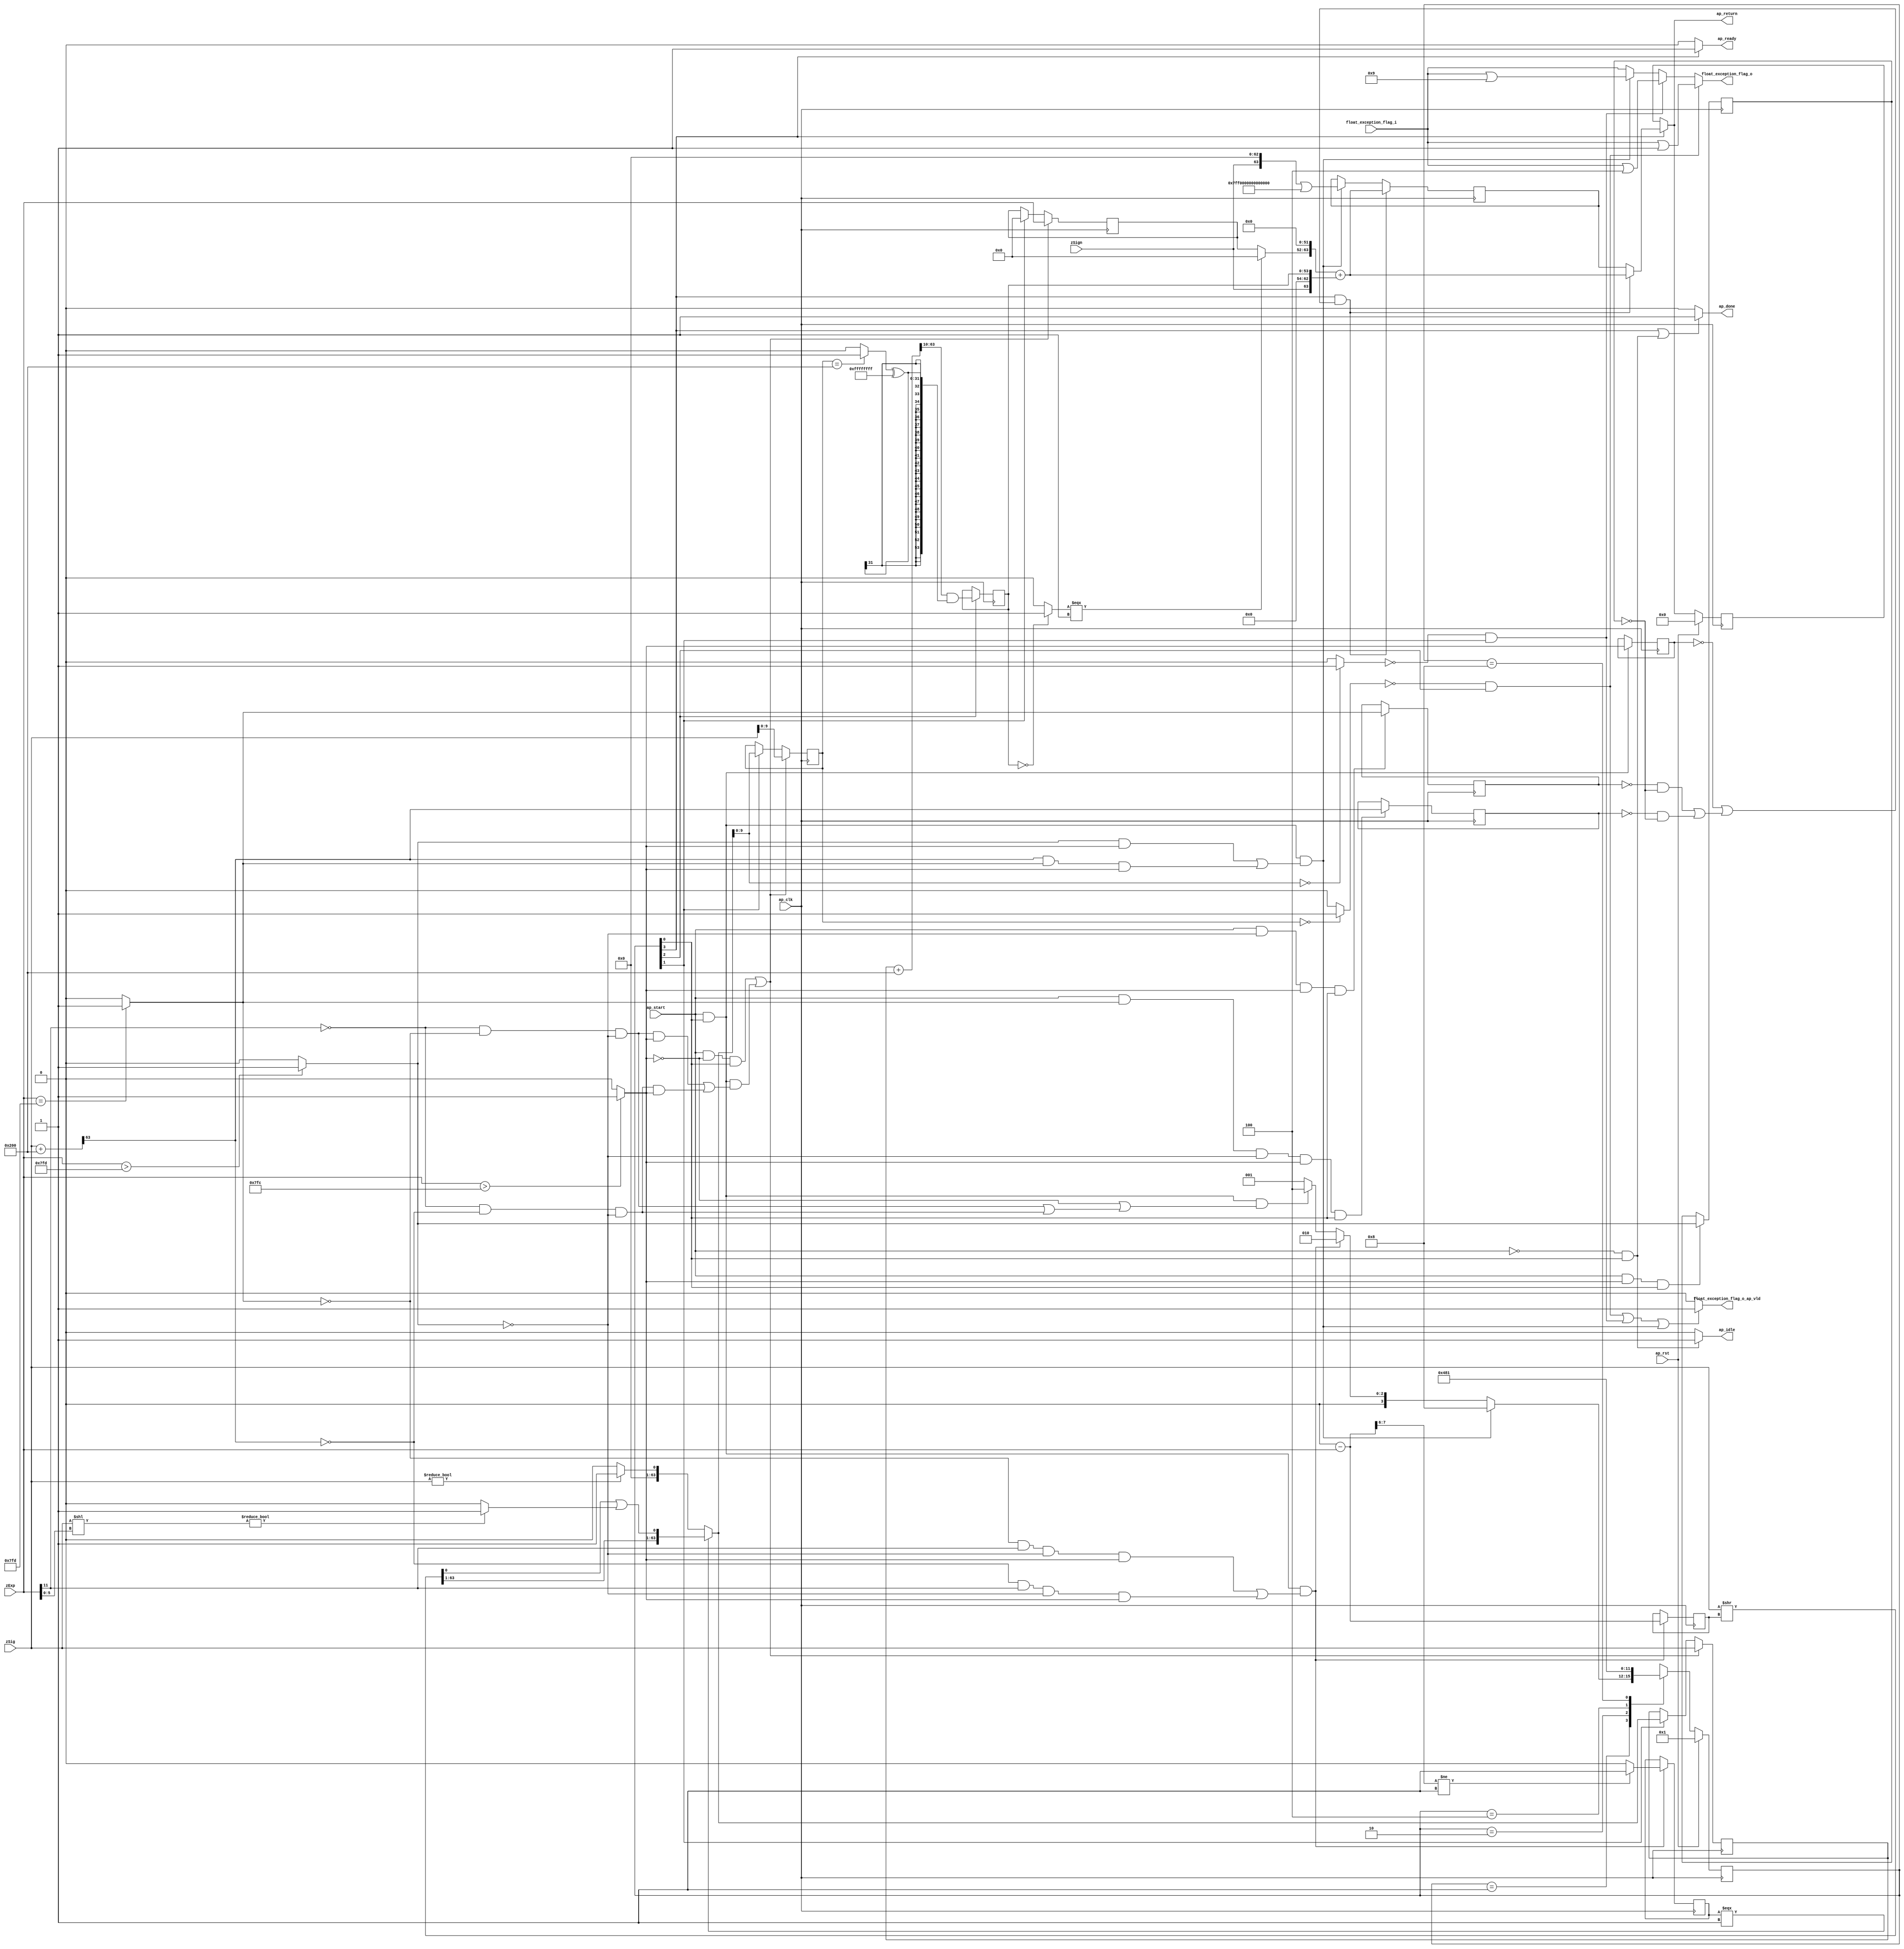
// ==============================================================
// RTL generated by Vivado(TM) HLS - High-Level Synthesis from C, C++ and SystemC
// Version: 2018.3
// Copyright (C) 1986-2018 Xilinx, Inc. All Rights Reserved.
// 
// ===========================================================

`timescale 1 ns / 1 ps 

module roundAndPackFloat64 (
        ap_clk,
        ap_rst,
        ap_start,
        ap_done,
        ap_idle,
        ap_ready,
        zSign,
        zExp,
        zSig,
        float_exception_flag_i,
        float_exception_flag_o,
        float_exception_flag_o_ap_vld,
        ap_return
);

parameter    ap_ST_fsm_state1 = 4'd1;
parameter    ap_ST_fsm_state2 = 4'd2;
parameter    ap_ST_fsm_state3 = 4'd4;
parameter    ap_ST_fsm_state4 = 4'd8;

input   ap_clk;
input   ap_rst;
input   ap_start;
output   ap_done;
output   ap_idle;
output   ap_ready;
input  [0:0] zSign;
input  [11:0] zExp;
input  [63:0] zSig;
input  [31:0] float_exception_flag_i;
output  [31:0] float_exception_flag_o;
output   float_exception_flag_o_ap_vld;
output  [63:0] ap_return;

reg ap_done;
reg ap_idle;
reg ap_ready;
reg[31:0] float_exception_flag_o;
reg float_exception_flag_o_ap_vld;
reg[63:0] ap_return;

(* fsm_encoding = "none" *) reg   [3:0] ap_CS_fsm;
wire    ap_CS_fsm_state1;
wire   [9:0] roundBits_fu_143_p1;
wire   [0:0] tmp_s_fu_147_p2;
reg   [0:0] tmp_s_reg_450;
wire   [0:0] tmp_24_fu_153_p2;
reg   [0:0] tmp_24_reg_454;
wire   [0:0] tmp_25_fu_159_p2;
reg   [0:0] tmp_25_reg_458;
wire   [0:0] tmp_56_fu_171_p3;
reg   [0:0] tmp_56_reg_462;
wire   [11:0] count_assign_fu_187_p2;
reg   [11:0] count_assign_reg_469;
wire   [0:0] tmp_57_fu_179_p3;
wire   [0:0] icmp_fu_203_p2;
reg   [0:0] icmp_reg_474;
wire   [63:0] tmp_74_i9_fu_229_p2;
wire   [63:0] z_6_fu_298_p3;
wire    ap_CS_fsm_state2;
wire   [9:0] roundBits_2_fu_305_p1;
wire   [53:0] zSig_assign_2_fu_381_p2;
reg   [53:0] zSig_assign_2_reg_500;
wire    ap_CS_fsm_state3;
reg   [63:0] zSig_assign1_reg_94;
reg   [11:0] zExp_assign_1_reg_105;
reg   [9:0] roundBits_1_reg_119;
reg   [63:0] ap_phi_mux_p_0_phi_fu_133_p4;
reg   [63:0] p_0_reg_130;
wire   [63:0] tmp_74_i8_fu_416_p2;
wire    ap_CS_fsm_state4;
wire   [0:0] tmp_29_fu_309_p2;
wire   [0:0] tmp_30_fu_327_p2;
wire   [31:0] float_exception_flag_9_fu_209_p2;
wire   [31:0] float_exception_flag_1_fu_315_p2;
wire   [31:0] tmp_31_fu_333_p2;
wire   [63:0] tmp_26_fu_165_p2;
wire   [1:0] tmp_58_fu_193_p4;
wire   [63:0] tmp_i_fu_221_p3;
wire   [63:0] tmp_37_i_fu_235_p1;
wire   [5:0] tmp_59_fu_243_p1;
wire   [63:0] tmp_41_i_fu_246_p1;
wire   [63:0] tmp_42_i_fu_250_p2;
wire   [63:0] tmp_38_i_fu_238_p2;
wire   [0:0] tmp_60_fu_261_p1;
wire   [0:0] tmp_43_i_fu_255_p2;
wire   [62:0] tmp_3_i_fu_271_p4;
wire   [0:0] tmp_2_i_fu_265_p2;
wire   [0:0] tmp_44_i_fu_289_p2;
wire   [63:0] z_fu_281_p3;
wire   [63:0] z_2_fu_294_p1;
wire   [63:0] tmp_32_fu_345_p2;
wire   [0:0] tmp_33_fu_361_p2;
wire   [31:0] tmp_34_fu_367_p1;
wire   [31:0] tmp_35_fu_371_p2;
wire   [53:0] zSig_assign_1_cast_fu_351_p4;
wire  signed [53:0] tmp_53_cast_fu_377_p1;
wire   [0:0] tmp_36_fu_387_p2;
wire   [11:0] tmp_fu_392_p3;
wire   [63:0] tmp_72_i_fu_400_p3;
wire   [63:0] tmp_73_i_fu_408_p4;
reg   [63:0] ap_return_preg;
reg   [3:0] ap_NS_fsm;

// power-on initialization
initial begin
#0 ap_CS_fsm = 4'd1;
#0 ap_return_preg = 64'd0;
end

always @ (posedge ap_clk) begin
    if (ap_rst == 1'b1) begin
        ap_CS_fsm <= ap_ST_fsm_state1;
    end else begin
        ap_CS_fsm <= ap_NS_fsm;
    end
end

always @ (posedge ap_clk) begin
    if (ap_rst == 1'b1) begin
        ap_return_preg <= 64'd0;
    end else begin
        if ((1'b1 == ap_CS_fsm_state4)) begin
            ap_return_preg <= ap_phi_mux_p_0_phi_fu_133_p4;
        end
    end
end

always @ (posedge ap_clk) begin
    if (((1'b1 == ap_CS_fsm_state4) & ((tmp_s_reg_450 == 1'd0) | (((tmp_25_reg_458 == 1'd0) & (tmp_24_reg_454 == 1'd0)) | ((tmp_56_reg_462 == 1'd0) & (tmp_24_reg_454 == 1'd0)))))) begin
        p_0_reg_130 <= tmp_74_i8_fu_416_p2;
    end else if (((ap_start == 1'b1) & (1'b1 == ap_CS_fsm_state1) & (((tmp_24_fu_153_p2 == 1'd1) & (tmp_s_fu_147_p2 == 1'd1)) | ((tmp_56_fu_171_p3 == 1'd1) & (tmp_25_fu_159_p2 == 1'd1) & (tmp_s_fu_147_p2 == 1'd1))))) begin
        p_0_reg_130 <= tmp_74_i9_fu_229_p2;
    end
end

always @ (posedge ap_clk) begin
    if ((((ap_start == 1'b1) & (tmp_s_fu_147_p2 == 1'd0) & (1'b1 == ap_CS_fsm_state1)) | ((ap_start == 1'b1) & (1'b1 == ap_CS_fsm_state1) & (((tmp_57_fu_179_p3 == 1'd0) & (tmp_25_fu_159_p2 == 1'd0) & (tmp_24_fu_153_p2 == 1'd0) & (tmp_s_fu_147_p2 == 1'd1)) | ((tmp_57_fu_179_p3 == 1'd0) & (tmp_56_fu_171_p3 == 1'd0) & (tmp_24_fu_153_p2 == 1'd0) & (tmp_s_fu_147_p2 == 1'd1)))))) begin
        roundBits_1_reg_119 <= roundBits_fu_143_p1;
    end else if ((1'b1 == ap_CS_fsm_state2)) begin
        roundBits_1_reg_119 <= roundBits_2_fu_305_p1;
    end
end

always @ (posedge ap_clk) begin
    if ((((ap_start == 1'b1) & (tmp_s_fu_147_p2 == 1'd0) & (1'b1 == ap_CS_fsm_state1)) | ((ap_start == 1'b1) & (1'b1 == ap_CS_fsm_state1) & (((tmp_57_fu_179_p3 == 1'd0) & (tmp_25_fu_159_p2 == 1'd0) & (tmp_24_fu_153_p2 == 1'd0) & (tmp_s_fu_147_p2 == 1'd1)) | ((tmp_57_fu_179_p3 == 1'd0) & (tmp_56_fu_171_p3 == 1'd0) & (tmp_24_fu_153_p2 == 1'd0) & (tmp_s_fu_147_p2 == 1'd1)))))) begin
        zExp_assign_1_reg_105 <= zExp;
    end else if ((1'b1 == ap_CS_fsm_state2)) begin
        zExp_assign_1_reg_105 <= 12'd0;
    end
end

always @ (posedge ap_clk) begin
    if ((((ap_start == 1'b1) & (tmp_s_fu_147_p2 == 1'd0) & (1'b1 == ap_CS_fsm_state1)) | ((ap_start == 1'b1) & (1'b1 == ap_CS_fsm_state1) & (((tmp_57_fu_179_p3 == 1'd0) & (tmp_25_fu_159_p2 == 1'd0) & (tmp_24_fu_153_p2 == 1'd0) & (tmp_s_fu_147_p2 == 1'd1)) | ((tmp_57_fu_179_p3 == 1'd0) & (tmp_56_fu_171_p3 == 1'd0) & (tmp_24_fu_153_p2 == 1'd0) & (tmp_s_fu_147_p2 == 1'd1)))))) begin
        zSig_assign1_reg_94 <= zSig;
    end else if ((1'b1 == ap_CS_fsm_state2)) begin
        zSig_assign1_reg_94 <= z_6_fu_298_p3;
    end
end

always @ (posedge ap_clk) begin
    if (((ap_start == 1'b1) & (1'b1 == ap_CS_fsm_state1) & (((tmp_25_fu_159_p2 == 1'd0) & (tmp_57_fu_179_p3 == 1'd1) & (tmp_24_fu_153_p2 == 1'd0) & (tmp_s_fu_147_p2 == 1'd1)) | ((tmp_56_fu_171_p3 == 1'd0) & (tmp_57_fu_179_p3 == 1'd1) & (tmp_24_fu_153_p2 == 1'd0) & (tmp_s_fu_147_p2 == 1'd1))))) begin
        count_assign_reg_469 <= count_assign_fu_187_p2;
        icmp_reg_474 <= icmp_fu_203_p2;
    end
end

always @ (posedge ap_clk) begin
    if (((ap_start == 1'b1) & (tmp_s_fu_147_p2 == 1'd1) & (1'b1 == ap_CS_fsm_state1))) begin
        tmp_24_reg_454 <= tmp_24_fu_153_p2;
    end
end

always @ (posedge ap_clk) begin
    if (((ap_start == 1'b1) & (tmp_24_fu_153_p2 == 1'd0) & (tmp_s_fu_147_p2 == 1'd1) & (1'b1 == ap_CS_fsm_state1))) begin
        tmp_25_reg_458 <= tmp_25_fu_159_p2;
    end
end

always @ (posedge ap_clk) begin
    if (((ap_start == 1'b1) & (tmp_25_fu_159_p2 == 1'd1) & (tmp_24_fu_153_p2 == 1'd0) & (tmp_s_fu_147_p2 == 1'd1) & (1'b1 == ap_CS_fsm_state1))) begin
        tmp_56_reg_462 <= tmp_26_fu_165_p2[32'd63];
    end
end

always @ (posedge ap_clk) begin
    if (((ap_start == 1'b1) & (1'b1 == ap_CS_fsm_state1))) begin
        tmp_s_reg_450 <= tmp_s_fu_147_p2;
    end
end

always @ (posedge ap_clk) begin
    if ((1'b1 == ap_CS_fsm_state3)) begin
        zSig_assign_2_reg_500 <= zSig_assign_2_fu_381_p2;
    end
end

always @ (*) begin
    if (((1'b1 == ap_CS_fsm_state4) | ((ap_start == 1'b0) & (1'b1 == ap_CS_fsm_state1)))) begin
        ap_done = 1'b1;
    end else begin
        ap_done = 1'b0;
    end
end

always @ (*) begin
    if (((ap_start == 1'b0) & (1'b1 == ap_CS_fsm_state1))) begin
        ap_idle = 1'b1;
    end else begin
        ap_idle = 1'b0;
    end
end

always @ (*) begin
    if (((1'b1 == ap_CS_fsm_state4) & ((tmp_s_reg_450 == 1'd0) | (((tmp_25_reg_458 == 1'd0) & (tmp_24_reg_454 == 1'd0)) | ((tmp_56_reg_462 == 1'd0) & (tmp_24_reg_454 == 1'd0)))))) begin
        ap_phi_mux_p_0_phi_fu_133_p4 = tmp_74_i8_fu_416_p2;
    end else begin
        ap_phi_mux_p_0_phi_fu_133_p4 = p_0_reg_130;
    end
end

always @ (*) begin
    if ((1'b1 == ap_CS_fsm_state4)) begin
        ap_ready = 1'b1;
    end else begin
        ap_ready = 1'b0;
    end
end

always @ (*) begin
    if ((1'b1 == ap_CS_fsm_state4)) begin
        ap_return = ap_phi_mux_p_0_phi_fu_133_p4;
    end else begin
        ap_return = ap_return_preg;
    end
end

always @ (*) begin
    if (((tmp_30_fu_327_p2 == 1'd0) & (1'b1 == ap_CS_fsm_state3))) begin
        float_exception_flag_o = tmp_31_fu_333_p2;
    end else if (((tmp_29_fu_309_p2 == 1'd0) & (1'b1 == ap_CS_fsm_state2))) begin
        float_exception_flag_o = float_exception_flag_1_fu_315_p2;
    end else if (((ap_start == 1'b1) & (1'b1 == ap_CS_fsm_state1) & (((tmp_24_fu_153_p2 == 1'd1) & (tmp_s_fu_147_p2 == 1'd1)) | ((tmp_56_fu_171_p3 == 1'd1) & (tmp_25_fu_159_p2 == 1'd1) & (tmp_s_fu_147_p2 == 1'd1))))) begin
        float_exception_flag_o = float_exception_flag_9_fu_209_p2;
    end else begin
        float_exception_flag_o = float_exception_flag_i;
    end
end

always @ (*) begin
    if ((((tmp_30_fu_327_p2 == 1'd0) & (1'b1 == ap_CS_fsm_state3)) | ((tmp_29_fu_309_p2 == 1'd0) & (1'b1 == ap_CS_fsm_state2)) | ((ap_start == 1'b1) & (1'b1 == ap_CS_fsm_state1) & (((tmp_24_fu_153_p2 == 1'd1) & (tmp_s_fu_147_p2 == 1'd1)) | ((tmp_56_fu_171_p3 == 1'd1) & (tmp_25_fu_159_p2 == 1'd1) & (tmp_s_fu_147_p2 == 1'd1)))))) begin
        float_exception_flag_o_ap_vld = 1'b1;
    end else begin
        float_exception_flag_o_ap_vld = 1'b0;
    end
end

always @ (*) begin
    case (ap_CS_fsm)
        ap_ST_fsm_state1 : begin
            if (((ap_start == 1'b1) & (1'b1 == ap_CS_fsm_state1) & (((tmp_24_fu_153_p2 == 1'd1) & (tmp_s_fu_147_p2 == 1'd1)) | ((tmp_56_fu_171_p3 == 1'd1) & (tmp_25_fu_159_p2 == 1'd1) & (tmp_s_fu_147_p2 == 1'd1))))) begin
                ap_NS_fsm = ap_ST_fsm_state4;
            end else if (((ap_start == 1'b1) & (1'b1 == ap_CS_fsm_state1) & (((tmp_25_fu_159_p2 == 1'd0) & (tmp_57_fu_179_p3 == 1'd1) & (tmp_24_fu_153_p2 == 1'd0) & (tmp_s_fu_147_p2 == 1'd1)) | ((tmp_56_fu_171_p3 == 1'd0) & (tmp_57_fu_179_p3 == 1'd1) & (tmp_24_fu_153_p2 == 1'd0) & (tmp_s_fu_147_p2 == 1'd1))))) begin
                ap_NS_fsm = ap_ST_fsm_state2;
            end else if (((ap_start == 1'b1) & (1'b1 == ap_CS_fsm_state1) & ((tmp_s_fu_147_p2 == 1'd0) | (((tmp_57_fu_179_p3 == 1'd0) & (tmp_25_fu_159_p2 == 1'd0) & (tmp_24_fu_153_p2 == 1'd0)) | ((tmp_57_fu_179_p3 == 1'd0) & (tmp_56_fu_171_p3 == 1'd0) & (tmp_24_fu_153_p2 == 1'd0)))))) begin
                ap_NS_fsm = ap_ST_fsm_state3;
            end else begin
                ap_NS_fsm = ap_ST_fsm_state1;
            end
        end
        ap_ST_fsm_state2 : begin
            ap_NS_fsm = ap_ST_fsm_state3;
        end
        ap_ST_fsm_state3 : begin
            ap_NS_fsm = ap_ST_fsm_state4;
        end
        ap_ST_fsm_state4 : begin
            ap_NS_fsm = ap_ST_fsm_state1;
        end
        default : begin
            ap_NS_fsm = 'bx;
        end
    endcase
end

assign ap_CS_fsm_state1 = ap_CS_fsm[32'd0];

assign ap_CS_fsm_state2 = ap_CS_fsm[32'd1];

assign ap_CS_fsm_state3 = ap_CS_fsm[32'd2];

assign ap_CS_fsm_state4 = ap_CS_fsm[32'd3];

assign count_assign_fu_187_p2 = (12'd0 - zExp);

assign float_exception_flag_1_fu_315_p2 = (float_exception_flag_i | 32'd4);

assign float_exception_flag_9_fu_209_p2 = (float_exception_flag_i | 32'd9);

assign icmp_fu_203_p2 = ((tmp_58_fu_193_p4 != 2'd1) ? 1'b1 : 1'b0);

assign roundBits_2_fu_305_p1 = z_6_fu_298_p3[9:0];

assign roundBits_fu_143_p1 = zSig[9:0];

assign tmp_24_fu_153_p2 = (($signed(zExp) > $signed(12'd2045)) ? 1'b1 : 1'b0);

assign tmp_25_fu_159_p2 = ((zExp == 12'd2045) ? 1'b1 : 1'b0);

assign tmp_26_fu_165_p2 = (zSig + 64'd512);

assign tmp_29_fu_309_p2 = ((roundBits_2_fu_305_p1 == 10'd0) ? 1'b1 : 1'b0);

assign tmp_2_i_fu_265_p2 = (tmp_60_fu_261_p1 | tmp_43_i_fu_255_p2);

assign tmp_30_fu_327_p2 = ((roundBits_1_reg_119 == 10'd0) ? 1'b1 : 1'b0);

assign tmp_31_fu_333_p2 = (float_exception_flag_i | 32'd1);

assign tmp_32_fu_345_p2 = (zSig_assign1_reg_94 + 64'd512);

assign tmp_33_fu_361_p2 = ((roundBits_1_reg_119 == 10'd512) ? 1'b1 : 1'b0);

assign tmp_34_fu_367_p1 = tmp_33_fu_361_p2;

assign tmp_35_fu_371_p2 = (tmp_34_fu_367_p1 ^ 32'd4294967295);

assign tmp_36_fu_387_p2 = ((zSig_assign_2_reg_500 == 54'd0) ? 1'b1 : 1'b0);

assign tmp_37_i_fu_235_p1 = count_assign_reg_469;

assign tmp_38_i_fu_238_p2 = zSig >> tmp_37_i_fu_235_p1;

assign tmp_3_i_fu_271_p4 = {{tmp_38_i_fu_238_p2[63:1]}};

assign tmp_41_i_fu_246_p1 = tmp_59_fu_243_p1;

assign tmp_42_i_fu_250_p2 = zSig << tmp_41_i_fu_246_p1;

assign tmp_43_i_fu_255_p2 = ((tmp_42_i_fu_250_p2 != 64'd0) ? 1'b1 : 1'b0);

assign tmp_44_i_fu_289_p2 = ((zSig != 64'd0) ? 1'b1 : 1'b0);

assign tmp_53_cast_fu_377_p1 = $signed(tmp_35_fu_371_p2);

assign tmp_56_fu_171_p3 = tmp_26_fu_165_p2[32'd63];

assign tmp_57_fu_179_p3 = zExp[32'd11];

assign tmp_58_fu_193_p4 = {{count_assign_fu_187_p2[7:6]}};

assign tmp_59_fu_243_p1 = zExp[5:0];

assign tmp_60_fu_261_p1 = tmp_38_i_fu_238_p2[0:0];

assign tmp_72_i_fu_400_p3 = {{tmp_fu_392_p3}, {52'd0}};

assign tmp_73_i_fu_408_p4 = {{{zSign}, {9'd0}}, {zSig_assign_2_reg_500}};

assign tmp_74_i8_fu_416_p2 = (tmp_72_i_fu_400_p3 + tmp_73_i_fu_408_p4);

assign tmp_74_i9_fu_229_p2 = (tmp_i_fu_221_p3 | 64'd9218868437227405312);

assign tmp_fu_392_p3 = ((tmp_36_fu_387_p2[0:0] === 1'b1) ? 12'd0 : zExp_assign_1_reg_105);

assign tmp_i_fu_221_p3 = {{zSign}, {63'd0}};

assign tmp_s_fu_147_p2 = ((zExp > 12'd2044) ? 1'b1 : 1'b0);

assign zSig_assign_1_cast_fu_351_p4 = {{tmp_32_fu_345_p2[63:10]}};

assign zSig_assign_2_fu_381_p2 = (zSig_assign_1_cast_fu_351_p4 & tmp_53_cast_fu_377_p1);

assign z_2_fu_294_p1 = tmp_44_i_fu_289_p2;

assign z_6_fu_298_p3 = ((icmp_reg_474[0:0] === 1'b1) ? z_fu_281_p3 : z_2_fu_294_p1);

assign z_fu_281_p3 = {{tmp_3_i_fu_271_p4}, {tmp_2_i_fu_265_p2}};

endmodule //roundAndPackFloat64